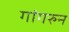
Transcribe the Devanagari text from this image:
गांगरुन